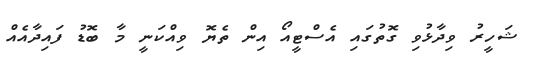
ޝަހީރު ވިދާޅުވި ގޮތުގައި އެސްޓީއޯ އިން ތެޔޮ ވިއްކަނީ މާ ބޮޑު ފައިދާއެއް